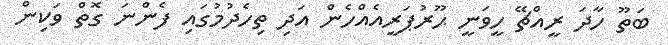
ބަތޫ ހާދަ ރީއްޗޭ ހީވަނީ ޙޫރުޕަރީއެއްހެން އަދި ތިހެދުމުގައި ފެންނަ ގޮތް ވަކިން